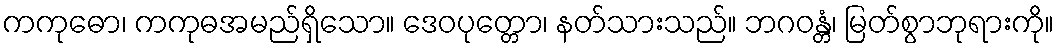
ကကုဓော၊ ကကုဓအမည်ရှိသော။ ဒေဝပုတ္တော၊ နတ်သားသည်။ ဘဂဝန္တံ၊ မြတ်စွာဘုရားကို။